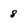
Character: 8